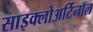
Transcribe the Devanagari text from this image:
साइक्लोअर्टिनॉल